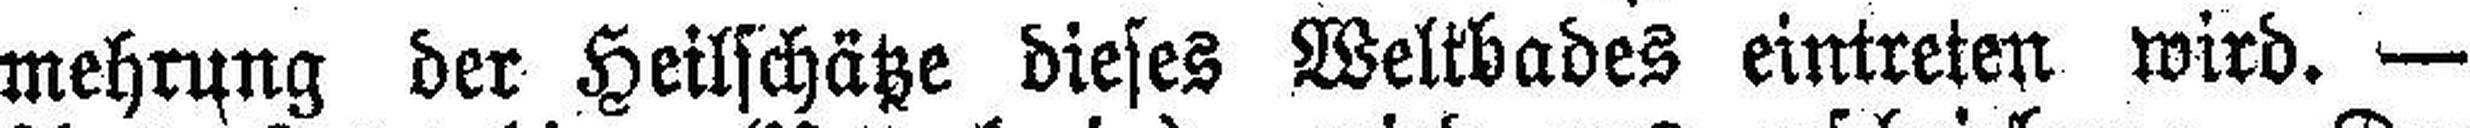
mehrung der Heilschätze dieses Weltbades eintreten wird. —